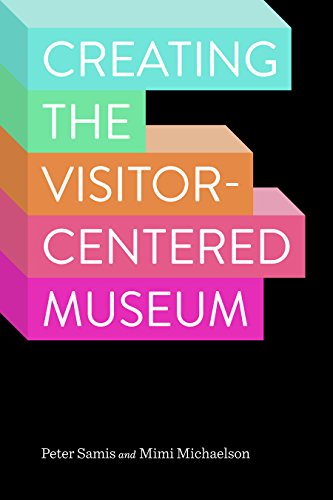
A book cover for Creating the Visitor-centered Museum; Peter Samis; Business & Money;